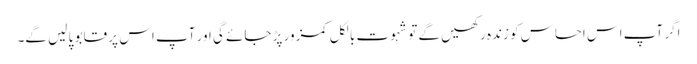
اگر آپ اس احساس کو زندہ رکھیں گے تو شہوت بالکل کمزور پڑ جائے گی اور آپ اس پر قابو پا لیں گے۔